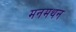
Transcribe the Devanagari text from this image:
मनमथन